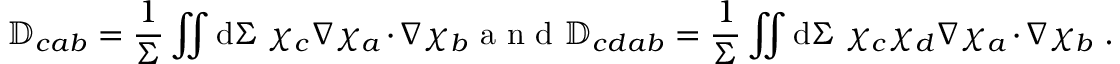
\mathbb { D } _ { c a b } = \frac { 1 } { \Sigma } \iint \mathrm { d } \Sigma ~ \chi _ { c } \nabla \chi _ { a } \cdot \nabla \chi _ { b } \mathrm { ~ a ~ n ~ d ~ } \mathbb { D } _ { c d a b } = \frac { 1 } { \Sigma } \iint \mathrm { d } \Sigma ~ \chi _ { c } \chi _ { d } \nabla \chi _ { a } \cdot \nabla \chi _ { b } ~ .